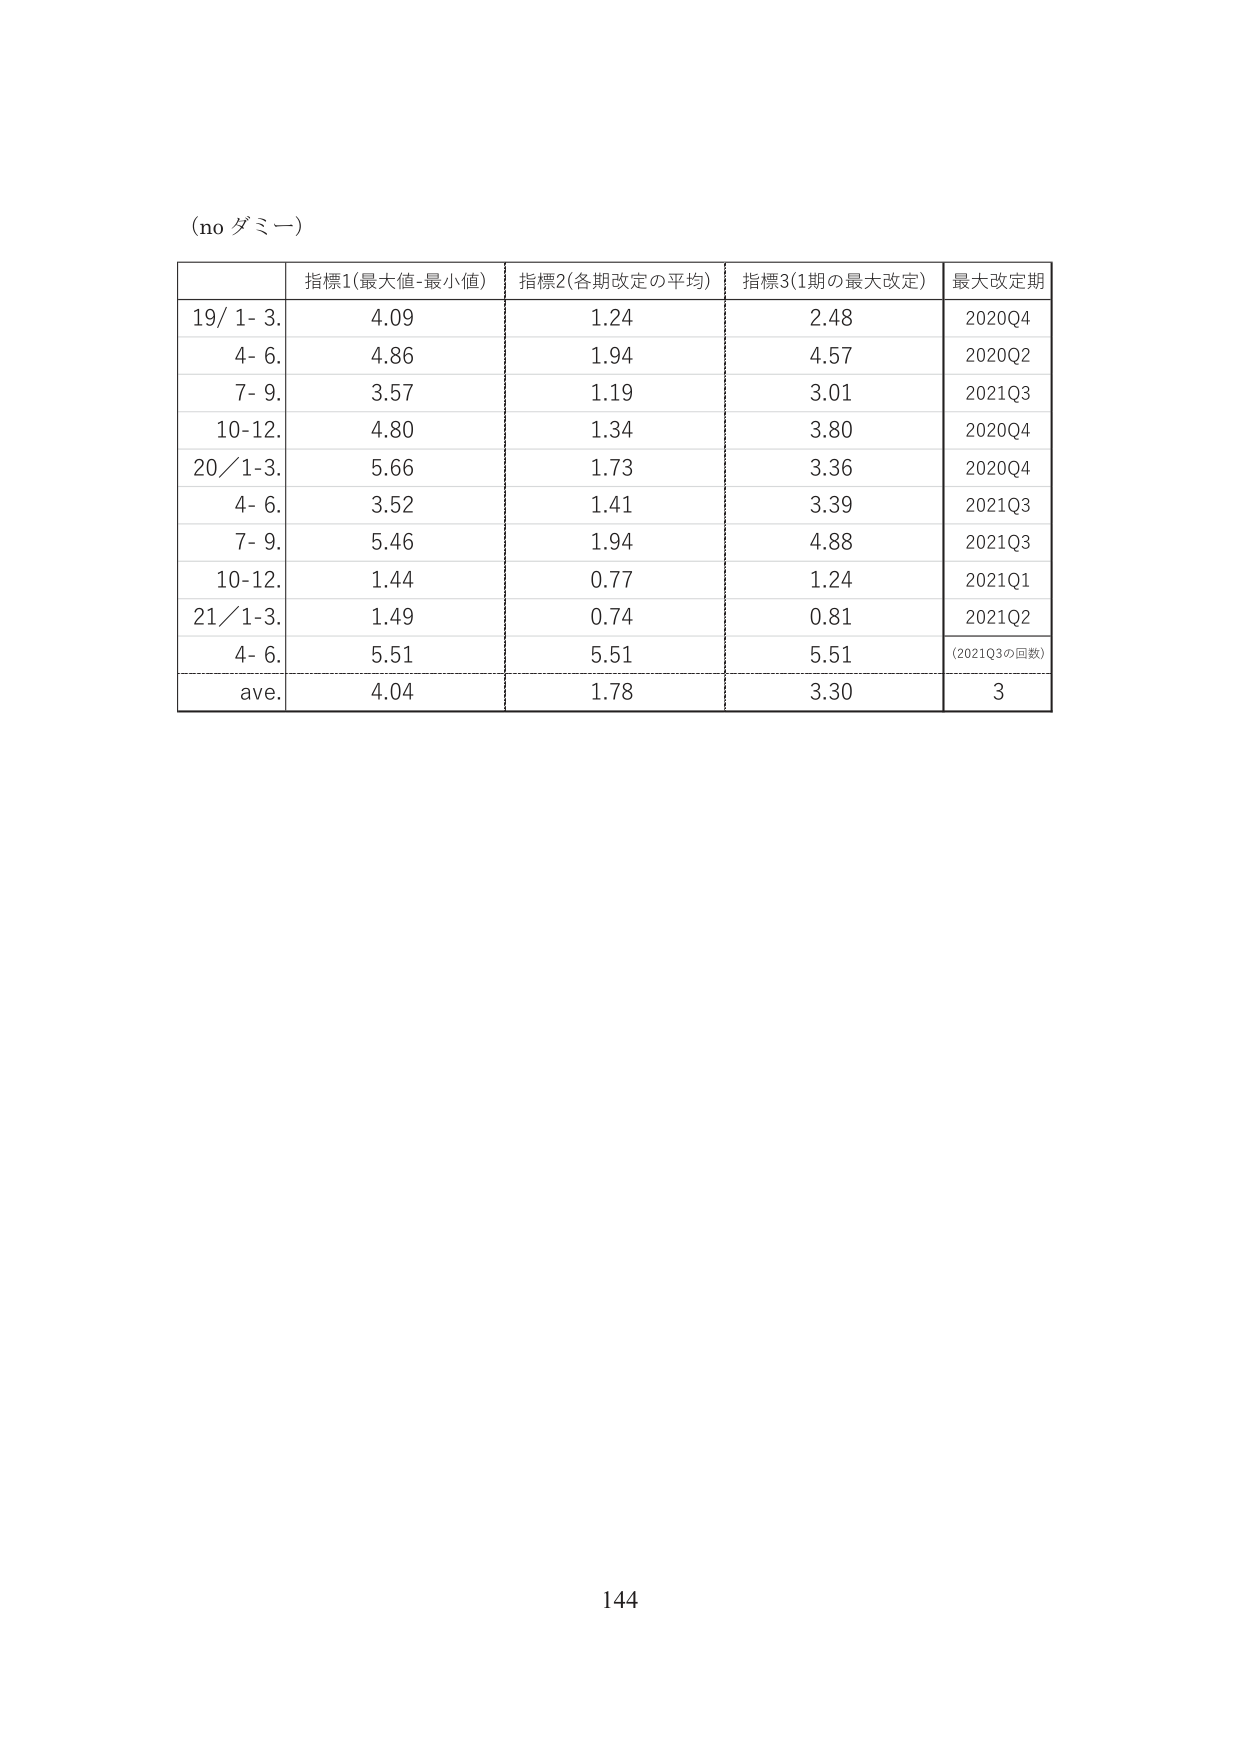
(no ダミー)

指標1(最大値-最小値) 指標2(各期改定の平均) 指標3(1期の最大改定) 最大改定期
19/ 1- 3. 4.09 1.24 2.48 2020Q4
4- 6. 4.86 1.94 4.57 2020Q2
7- 9. 3.57 1.19 3.01 2021Q3
10-12. 4.80 1.34 3.80 2020Q4
20/ 1-3. 5.66 1.73 3.36 2020Q4
4- 6. 3.52 1.41 3.39 2021Q3
7- 9. 5.46 1.94 4.88 2021Q3
10-12. 1.44 0.77 1.24 2021Q1
21/ 1-3. 1.49 0.74 0.81 2021Q2
4- 6. 5.51 5.51 5.51 (2021Q3の回数)
ave. 4.04 1.78 3.30 3

144